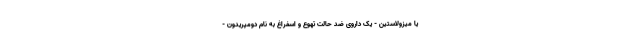
یا میزولاستین - یک داروی ضد حالت تهوع و اسفراغ به نام دومپریدون -